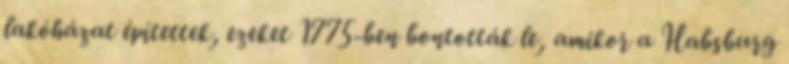
lakóházat építettek, ezeket 1775-ben bontották le, amikor a Habsburg